Lunatic asylums Punjab 1895-1910 - 1895-1910
Year: 1895
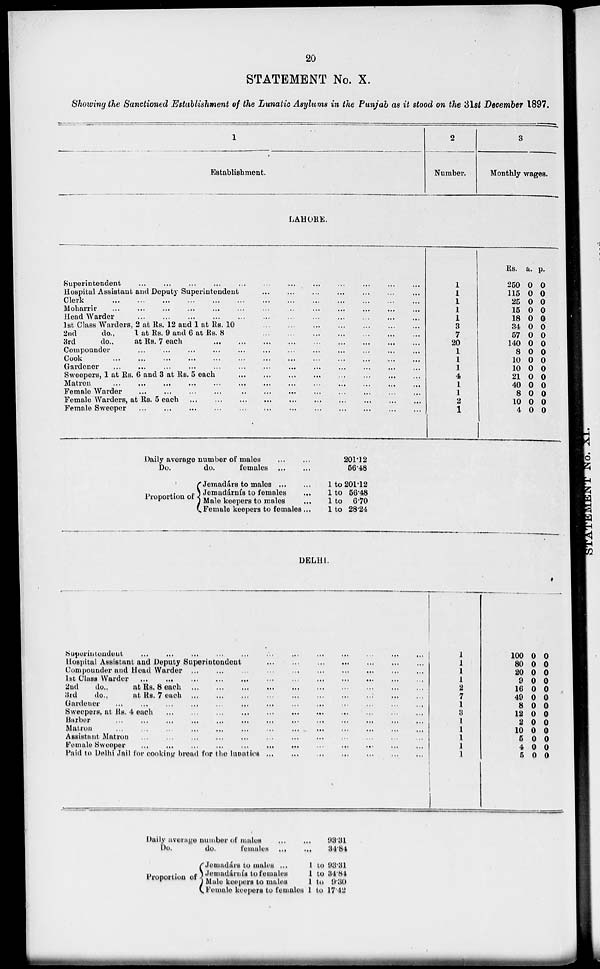
20
STATEMENT No. X.
Showing the Sanctioned Establishment of the Lunatic Asylums in the Punjab as it stood on the 31st December 1897.
1
Establishment.
LAHORE.
Superintendent
...
...
...
...
...
...
...
...
...
...
...
...
Hospital Assistant and Deputy Superintendent ... ... ... ... ... ... ... ... ... ... ...
Clerk.
...
...
...
...
...
...
...
...
...
... ... ...
Moharrir
...
...
...
...
...
...
...
...
...
...
...
...
...
Head Warder
...
...
...
...
...
...
... ... ... ... ... ...
1st Class Warders, 2 at Rs. 12 and 1 at Rs. 10 ... ... ... ... ... ... ... ... ... ... ...
2nd
do.,
1 at Rs. 9 and 6 at Rs. 8 ... ... ... ... ... ... ... ... ... ... ... ...
3rd
do.,
at Rs. 7 each
...
...
...
...
...
...
...
...
...
Compounder
...
...
...
...
...
...
...
...
...
...
... ...
Cook
...
...
...
...
...
...
...
...
...
...
...
...
Gardener
...
...
...
...
...
...
...
...
...
...
...
...
...
Sweepers, 1 at Rs. 6 and 3 at Rs. 5 each ... ... ... ... ... ... ... ... ... ... ... ...
Mattron
...
...
...
...
...
...
...
...
...
...
...
...
female warder
...
...
...
...
...
...
...
...
...
...
...
...
Female Warders, at Rs. 5 each
...
...
...
...
...
...
...
...
...
...
...
...
Female Sweeper
...
...
...
...
...
...
...
...
...
...
...
...
Daily average number of males
Do.
do.
females
Proportion of
Jemadárs to males
Jemadárnfs to females
...
Male keepers to males
...
Female keepers to females...
201.12
56.48
1 to 201.12
1 to 56.48
1 to 6.70
1 to 28.24
DELHI.
Superitendent
...
...
...
...
...
...
...
...
...
...
...
...
Hospital Assistant and Deputy Superintendent ... ... ... ... ... ... ... ... ...
Compounder and Head Warder
...
...
...
...
...
...
...
...
...
...
...
...
1st Class Warder
...
...
...
...
...
...
...
...
...
...
...
...
2nd
do.,
at Rs. 8 each
...
...
...
...
...
...
...
...
...
...
...
...
3rd
do.,
atRs. 7 each
...
...
...
...
...
...
...
...
...
...
...
...
Gardener
...
...
...
...
...
...
...
...
...
...
...
...
Sweepers, at Rs. 4 each
...
...
...
...
...
...
...
...
...
...
...
...
Barber
...
...
...
...
...
...
...
...
...
...
...
...
Matron
...
...
...
...
...
...
...
...
...
...
...
...
Assistant
Matron
...
...
...
...
...
...
...
...
...
...
...
...
Female Sweeper
...
...
...
...
...
...
...
...
...
...
...
...
Paid to Delhi Jail for cooking bread for the lunatics ... ... ... ... ... ... ... ... ...
Daily average number of males
Do,
do.
females
Proportion of
Jemadárs to males ...
Jemadárnís to females
Male keepers to males
Female keepers to females
93.31
34.84
1 to93.31
1 to34.84
1 to9.30
1 to17.42
2
Number.
1
1
1
1
1
3
7
20
1
1
1
4
1
2
1
3
Monthly wages.
Rs.
250
115
25
15
18
34
67
140
8
10
10
21
40
8
10
4
a.
0
0
0
0
0
0
0
0
0
0
0
0
0
0
0
0
p.
0
0
0
0
0
0
0
0
0
0
0
0
0
0
0
0
1
1
1
1
2
7
1
3
1
1
1
1
1
100
80
20
9
16
49
8
12
2
10
5
4
5
0
0
0
0
0
0
0
0
0
0
0
0
0
0
0
0
0
0
0
0
0
0
0
0
0
0